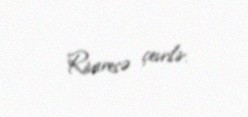
Rivaresə çevrilir.